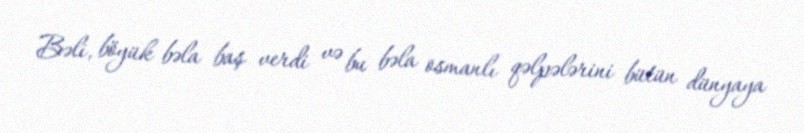
Bəli, böyük bəla baş verdi və bu bəla osmanlı qəlpələrini bütün dünyaya